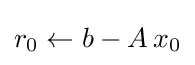
r_{0}\leftarrow b-A\,x_{0}